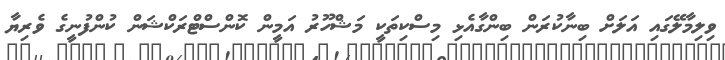
ވިލިމާލޭގައި އަލަށް ބިނާކުރަން ބިންގާއެޅި މިސްކިތަކީ މަޝްހޫރު އަމީން ކޮންސްޓްރަކްޝަން ކުންފުނީގެ ވެރިޔާ